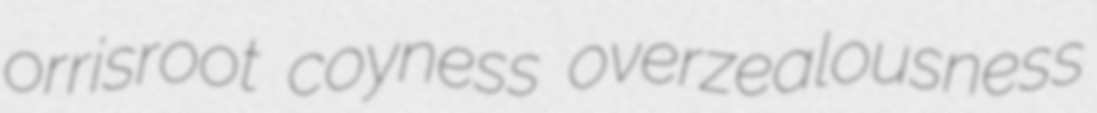
orrisroot coyness overzealousness